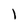
Character: l